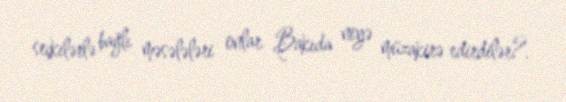
seçkilərlə bağlı məsələləri onlar Bakıda niyə müzakirə edirdilər?.